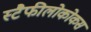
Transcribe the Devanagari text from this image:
स्टैफीलोकोकस